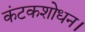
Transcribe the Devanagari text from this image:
कंटकशोधन।